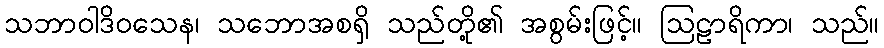
သဘာဝါဒိဝသေန၊ သဘောအစရှိ သည်တို့၏ အစွမ်းဖြင့်။ ဩဠာရိကာ၊ သည်။